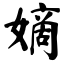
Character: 嫡